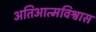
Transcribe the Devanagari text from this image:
अतिआत्मविश्वास